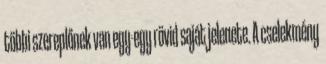
többi szereplőnek van egy-egy rövid saját jelenete. A cselekmény